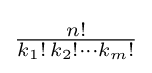
\textstyle {\frac {n!}{k_{1}!\,k_{2}!\cdots k_{m}!}}